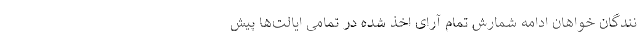
نندگان خواهان ادامه شمارش تمام آرای اخذ شده در تمامی ایالت‌ها پیش